Report on the cholera epidemic of
Year: 1868
Disease focus: Cholera
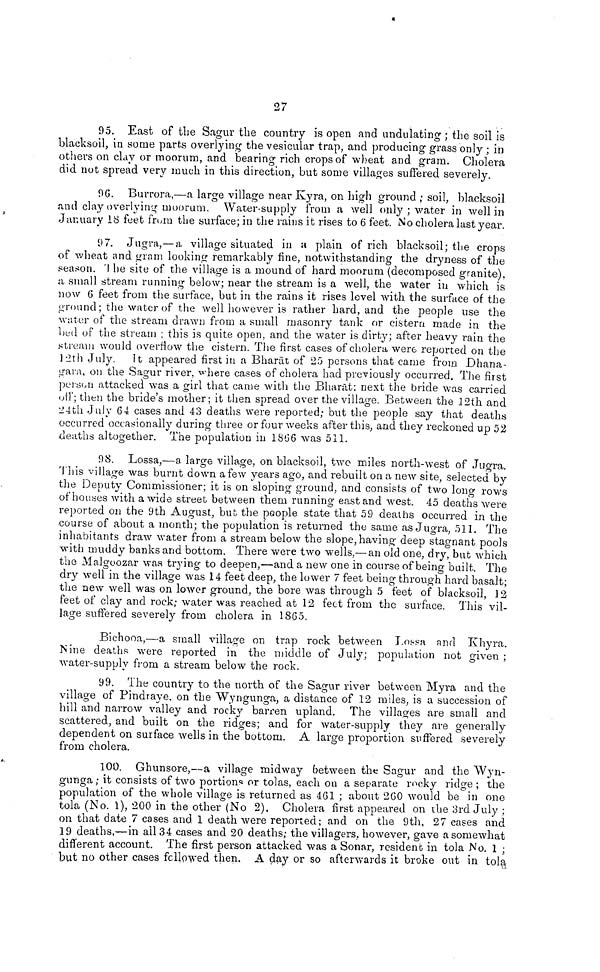
27
95. East of the Sagur the country is open and undulating ; the soil is
blacksoil, in some parts overlying the vesicular trap, and producing grass only ; in
others on clay or moorum, and bearing rich crops of wheat and gram. Cholera
did not spread very much in this direction, but some villages suffered severely.
96. Burrora,—a large village near Kyra, on high ground ; soil, blacksoil
and clay overlying moorum. Water-supply from a well only ; water in well in
January 18 feet from the surface; in the rains it rises to 6 feet. No cholera last year.
97. Jugra, — a village situated in a plain of rich blacksoil; the crops
of wheat and gram looking remarkably fine, notwithstanding the dryness of the
season. The site of the village is a mound of hard moorum (decomposed granite),
¿ι small stream running below; near the stream is a well, the water in which is
now G feet from the surface, but in the rains it rises level with the surface of the
ground; the water of the well however is rather hard, and the people use the
water of the stream drawn from a small masonry tank or cistern made in the
bed of the stream ; this is quite open, and the water is dirty; after heavy rain the
stream would overflow the cistern. The first cases of cholera were reported on the
12th July. It appeared first in a Bharat of 25 persons that came from Dhana-
gara, on the Sagur river, where cases of cholera had previously occurred. The first
person attacked was a girl that came with the Bharat; next the bride was carried
off; then the bride's mother; it then spread over the village. Between the 12th and
24th July 64 cases and 43 deaths were reported; but the people say that deaths
occurred occasionally during three or four weeks after this, and they reckoned up 52
deaths altogether. The population in 1866 was 511.
98. Lossa,—a large village, on blacksoil, two miles north-west of Jugra.
This village was burnt down a few years ago, and rebuilt on a new site, selected by
the Deputy Commissioner; it is on sloping ground, and consists of two long rows
of houses with a wide street between them running east and west. 45 deaths were
reported on the 9th August, but the people state that 59 deaths occurred in the
course of about a month; the population is returned the same as Jugra, 511. The
inhabitants draw water from a stream below the slope, having deep stagnant pools
with muddy banks and bottom. There were two wells,— an old one, dry, but which
the Malgoozar was trying to deepen,—and a new one in course of being built. The
dry well in the village was 14 feet deep, the lower 7 feet being through hard basalt;
the new well was on lower ground, the bore was through 5 feet of blacksoil, 12
feet of clay and rock; water was reached at 12 feet from the surface. This vil-
lage suffered severely from cholera in 1805.
Bichooa,—a small village on trap rock between Lossa and Khyra.
Nine deaths were reported in the middle of July; population riot given ;
water-supply from a stream below the rock.
99. The country to the north of the Sagur river between Myra and the
village of Pindraye, on the Wyngunga, a distance of 12 miles, is a succession of
hill and narrow valley and rocky barren upland. The villages are small and
scattered, and built on the ridges; and for water-supply they are generally
dependent on surface wells in the bottom. A large proportion suffered severely
from cholera.
100. Ghunsore,--a village midway between the Sagur and the Wyn-
gunga; it consists of two portions or tolas, each on a separate rocky ridge ; the
population of the whole village is returned as 461 ; about 260 would be in one
tola (No. 1), 200 in the other (No 2). Cholera first appeared on the 3rd July ;
on that date 7 cases and 1 death were reported; and on the 9th, 27 cases and
19 deaths,—in all 34 cases and 20 deaths; the villagers, however, gave a somewhat
different account. The first person attacked was a Sonar, resident in tola No. 1 ;
but no other cases followed then. A day or so afterwards it broke out in tola